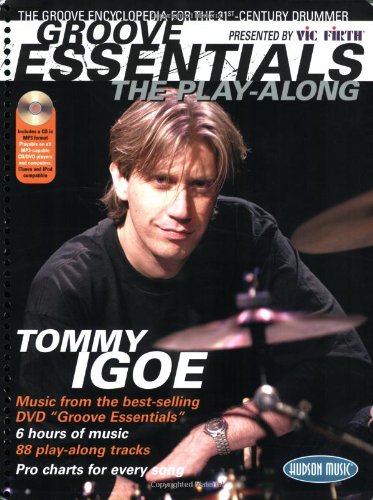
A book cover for Groove Essentials - The Play-Along 1.0 : A Complete Groove Encyclopedia for the 21st Century Drummer; Tommy Igoe; Reference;